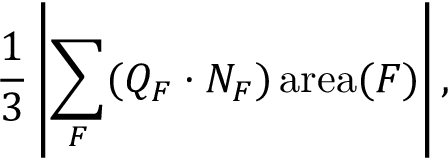
{ \frac { 1 } { 3 } } \left| \sum _ { F } ( Q _ { F } \cdot N _ { F } ) \operatorname { a r e a } ( F ) \right| ,